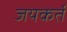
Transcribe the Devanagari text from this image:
जयकर्त